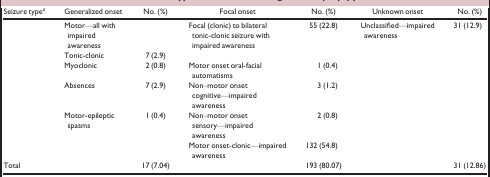
<table><thead><tr><td><b>Seizure typea</b></td><td><b>Generalized onset</b></td><td><b>No. (%)</b></td><td><b>Focal onset</b></td><td><b>No. (%)</b></td><td><b>Unknown onset</b></td><td><b>No. (%)</b></td></tr></thead><tbody><tr><td></td><td>Motor—all with impaired awareness</td><td></td><td rowspan="2">Focal (clonic) to bilateral tonic‐clonic seizure with impaired awareness</td><td rowspan="2">55 (22.8)</td><td rowspan="2">Unclassified—impaired awareness</td><td rowspan="2">31 (12.9)</td></tr><tr><td></td><td>Tonic‐clonic</td><td>7 (2.9)</td></tr><tr><td></td><td>Myoclonic</td><td>2 (0.8)</td><td>Motor onset oral‐facial automatisms</td><td>1 (0.4)</td><td></td><td></td></tr><tr><td></td><td>Absences</td><td>7 (2.9)</td><td>Non–motor onset cognitive—impaired awareness</td><td>3 (1.2)</td><td></td><td></td></tr><tr><td></td><td>Motor‐epileptic spasms</td><td>1 (0.4)</td><td>Non–motor onset sensory—impaired awareness</td><td>2 (0.8)</td><td></td><td></td></tr><tr><td></td><td></td><td></td><td>Motor onset‐clonic—impaired awareness</td><td>132 (54.8)</td><td></td><td></td></tr><tr><td>Total</td><td></td><td>17 (7.04)</td><td></td><td>193 (80.07)</td><td></td><td>31 (12.86)</td></tr></tbody></table>